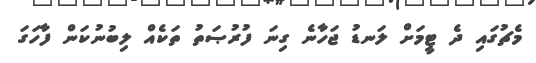
މެޗުގައި ދެ ޓީމަށް ލަނޑު ޖަހާނެ ގިނަ ފުރުޞަތު ތަކެއް ލިބުނުކަން ފާހަގަ